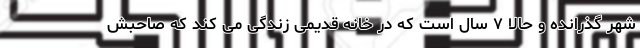
شهر گذرانده و حالا ۷ سال است که در خانه قدیمی زندگی می کند که صاحبش